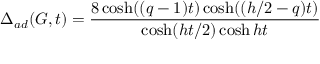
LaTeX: \Delta _ { a d } ( G , t ) = \frac { 8 \cosh ( ( q - 1 ) t ) \cosh ( ( h / 2 - q ) t ) } { \cosh ( h t / 2 ) \cosh h t }